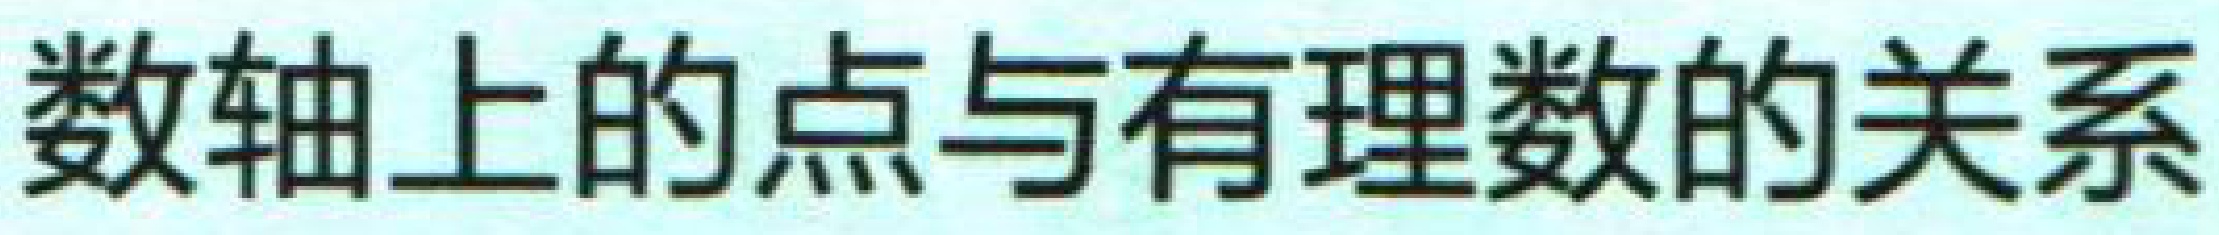
数轴上的点与有理数的关系